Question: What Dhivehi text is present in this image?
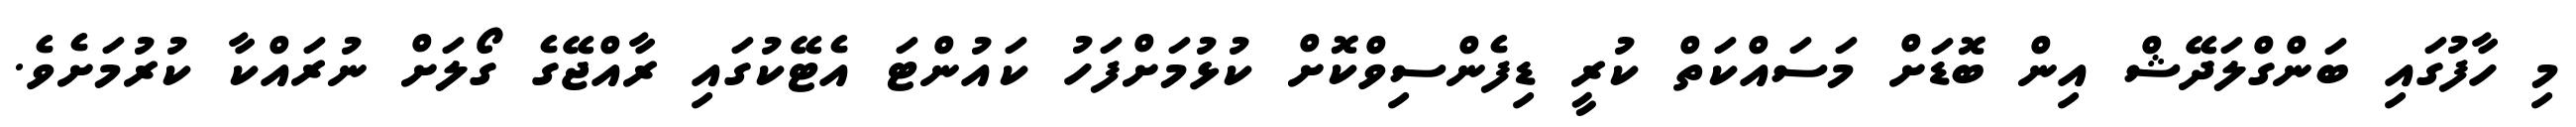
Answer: މި ހާފުގައި ބަންގްލަދޭޝް އިން ބޮޑަށް މަސައްކަތް ކުރީ ޑިފެންސިވްކޮށް ކުޅުމަށްފަހު ކައުންޓަ އެޓޭކުގައި ރާއްޖޭގެ ގޯލަށް ނުރައްކާ ކުރުމަށެވެ.